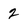
Character: 2